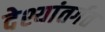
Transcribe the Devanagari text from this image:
देश्यांतर्गत